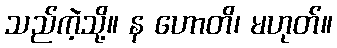
သည်ကဲ့သို့။ န ဟောတိ၊ မဟုတ်။